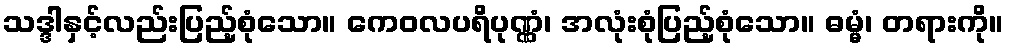
သဒ္ဒါနှင့်လည်းပြည့်စုံသော။ ကေဝလပရိပုဏ္ဏံ၊ အလုံးစုံပြည့်စုံသော။ ဓမ္မံ၊ တရားကို။